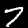
Digit: 7